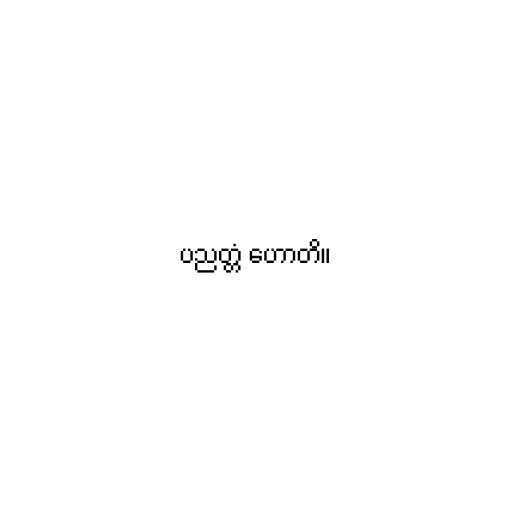
ပညတ္တံ ဟောတိ။